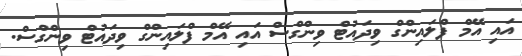
އައި އޭމް ފްލައިންގް ވިދައުޓް ވިންގްސް އައި އޭމް ފްލައިންގް ވިދައުޓް ވިންގްސް.